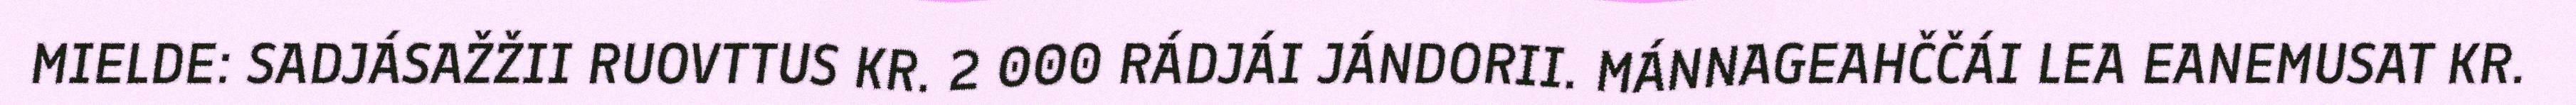
MIELDE: SADJÁSAŽŽII RUOVTTUS KR. 2 000 RÁDJÁI JÁNDORII. MÁNNAGEAHČČÁI LEA EANEMUSAT KR.